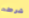
شرطه